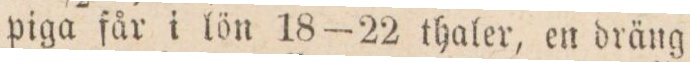
piga får i lön 18—22 thaler, en dräng